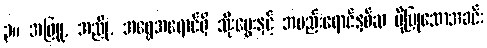
၃။ အဖြူ, အညို, အရွှေအရောင်ရှိ သိုးမွေးနှင့် အမည်းရောင်နှစ်ဆ ပိုပြုသောအခင်း